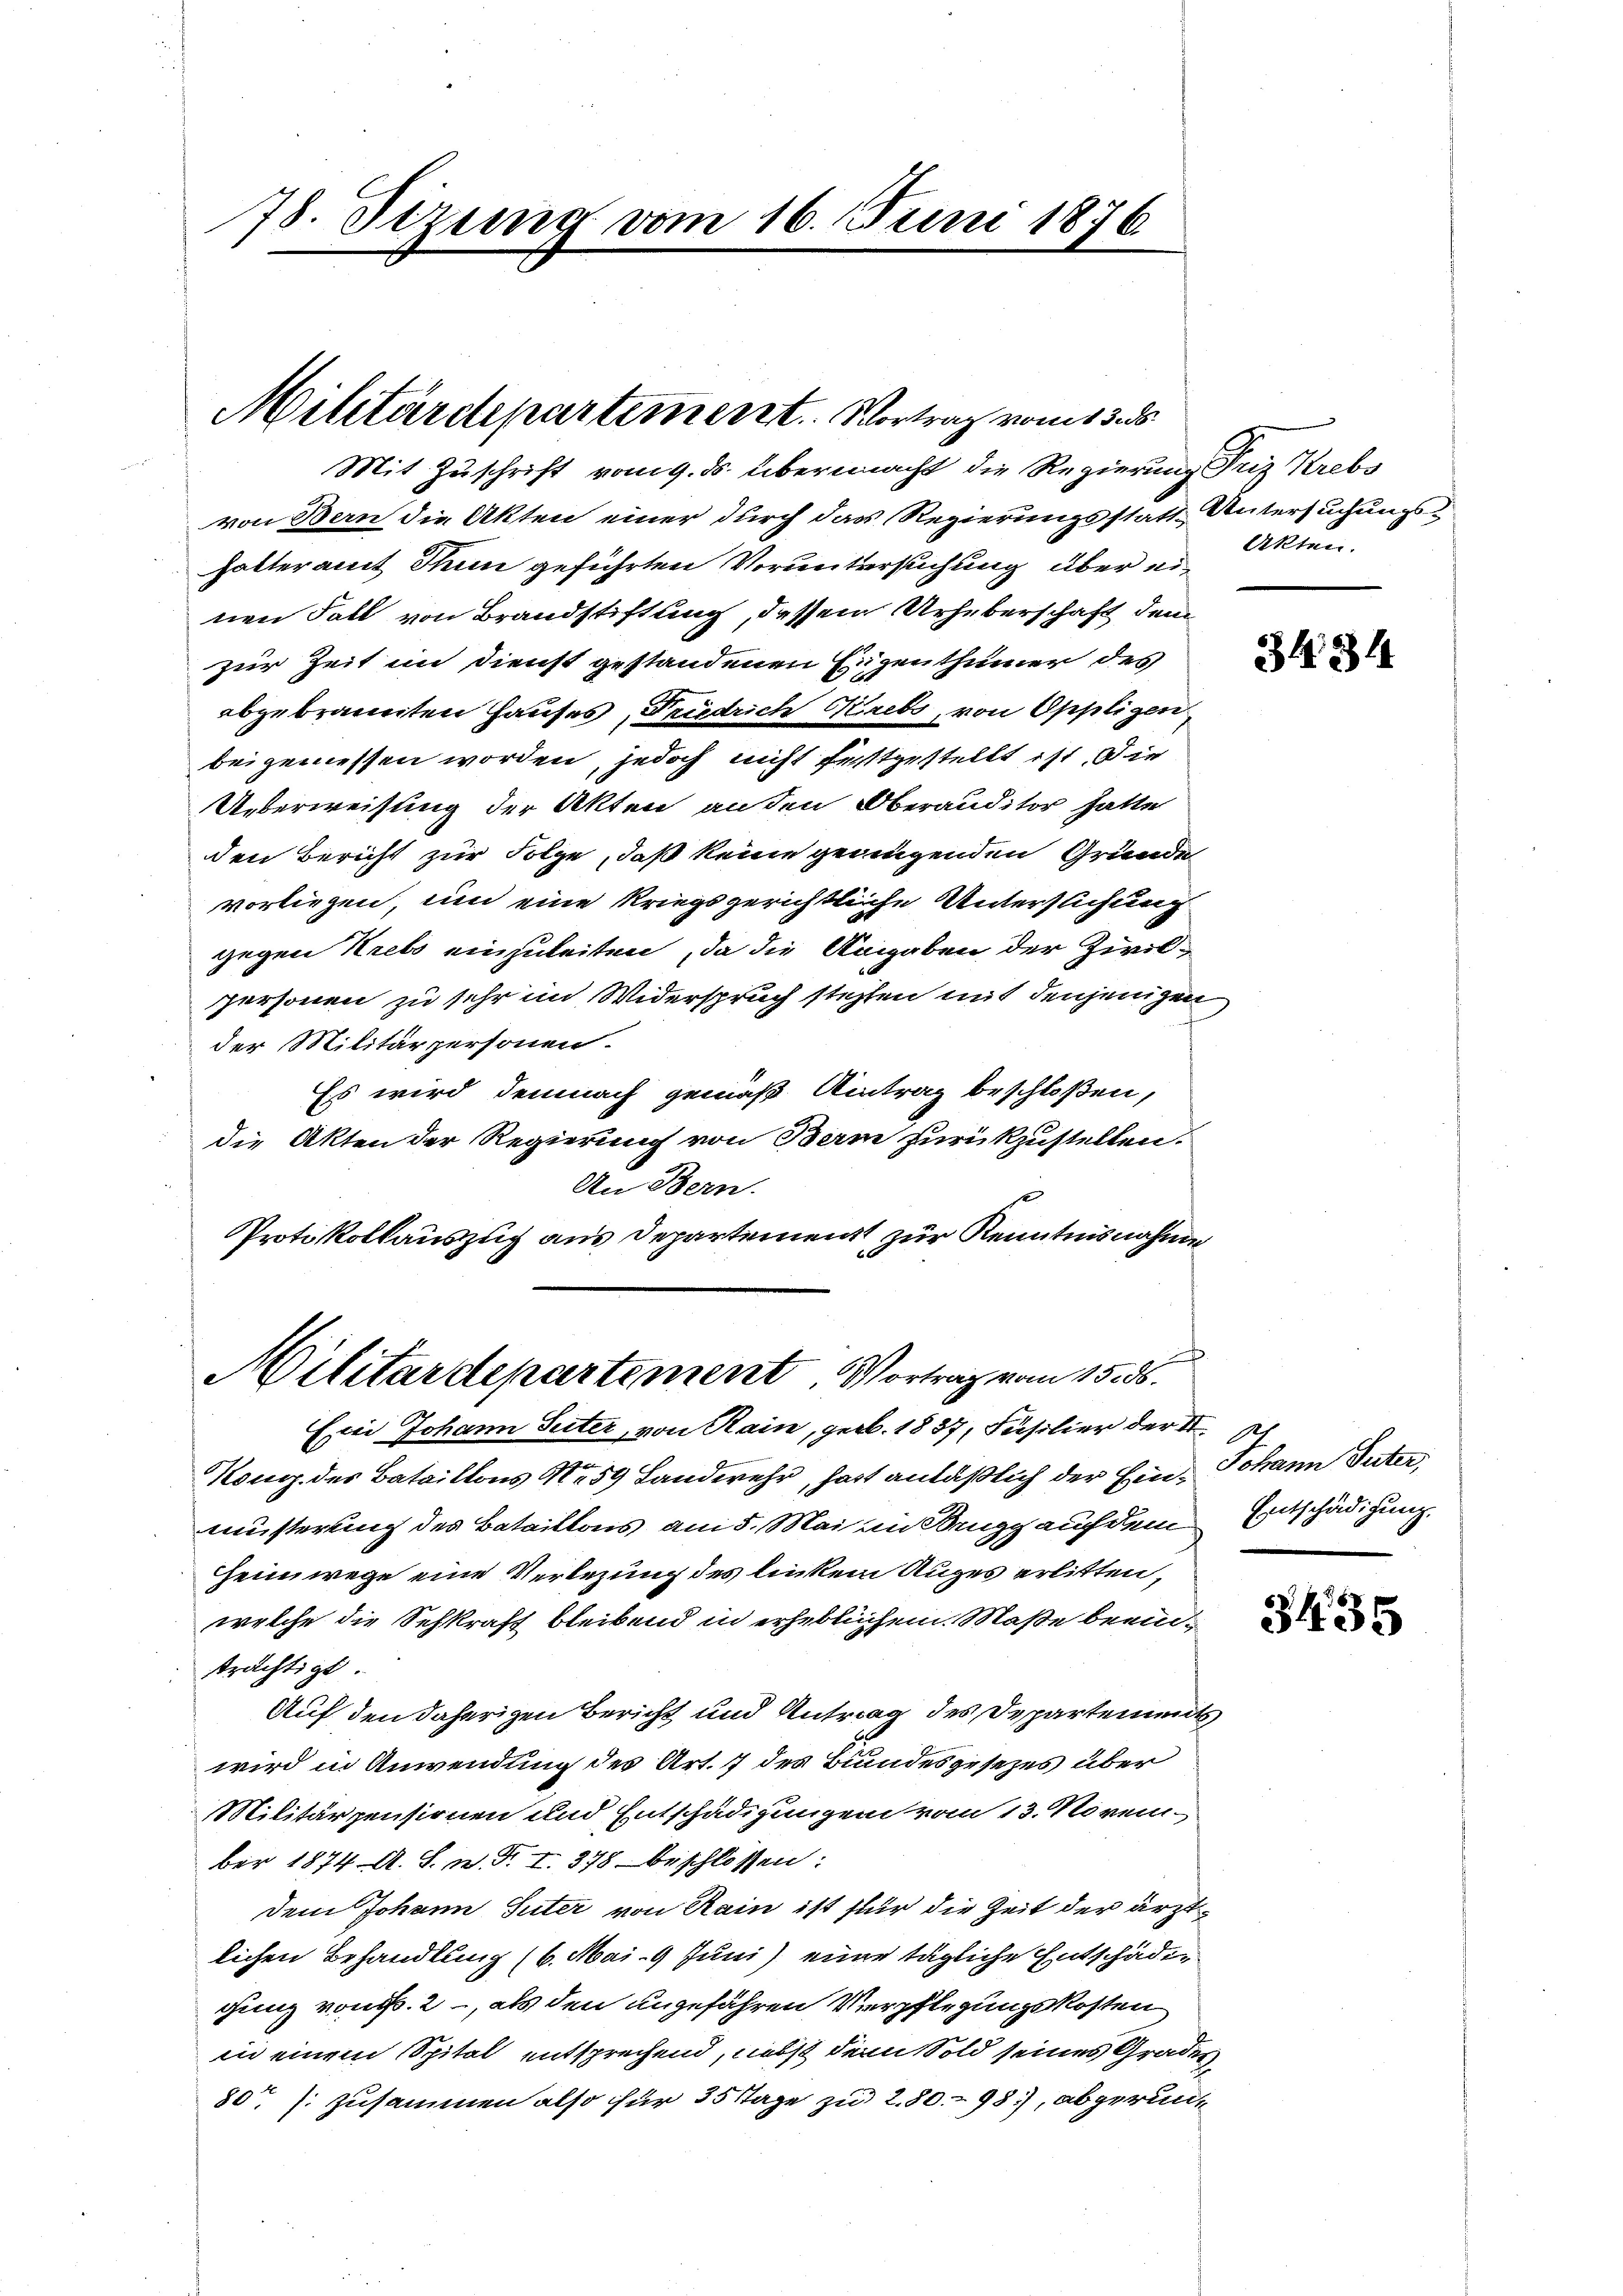
78. Sizung vom 16. Juni 1876
1

Militärdepartement. Vortrag vom 13. ds.

Mit Zuschrift vom 9. ds. übermacht die Regierung Friz Krebs
von Bern die Akten einer durch das Regierungsstatt Untersuchungshalteramt Thun geführten Voruntersuchung über einen Fall von Brandstiftung, dessen Urheberschaft dem
zur Zeit im Dienst gestandenen Eigenthümer des
abgebrannten Hauses, Friedrich Reibe, von Oppligen
bei gemessen worden, jedoch nicht festgestellt ist. Die
Ueberweisung der Akten an den Oberauditor hatte
den Bericht zur Folge, daß keine geringenden Gründe
vorliegen, um eine kriegsgerichtliche Untersuchung
gegen Krebs einzuleiten, da die Angaben der Zivilpersonen zu sehr im Widerspruch stehten mit denjenigen
der Militärpersonen.
Es wird demnach gemäß Antrag beschloßen,
die Akten der Regierung von Bern zurückzustellen.
An Bern.
Protokollauszug aus Departement zur Kenntnisnahme
Militärdepartement Vortrag vom 15. ds.
Ein Johann Seiter, von Rain, geb. 1837, Füsilier der II. Ich
Kong. des Bataillons No. 59 Landwehr, hatt anläßlich der Ein Johann Suter
müsterung des Bataillons am 5. Mai in Brugg auch dem Entschädigung.
Heimwege eine Verbezung des linken Auges erlitten,
welche die Sehkraft bleibend in erheblichem Maße beeinträchtigt
Auf den daherigen Bericht und Antrag des Departements
wird in Anwendung des Art. 7 des Bundesgesezes über
Militärpensionen und Entschädigungen vom 13. Novem
ber 1874 A. S. n. F. I. 378 beschlossen:
dem Johann Suter von Rain ist für die Zeit der ärztlichen Behandlung (6. Mai 9 Juni) einer tägliche Entschäden
gung von f. 2, als den angefähren Verpflegungskosten
in einem Spital entsprechend, nebst dem Sold seines Grades,
80 zusammen also für 35 Tage zu 280. 98), abgerun¬

Akten.

343

3435